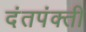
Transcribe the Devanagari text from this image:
दंतपंक्ती